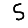
Digit: 5